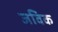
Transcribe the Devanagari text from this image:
जविक